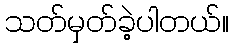
သတ်မှတ်ခဲ့ပါတယ်။